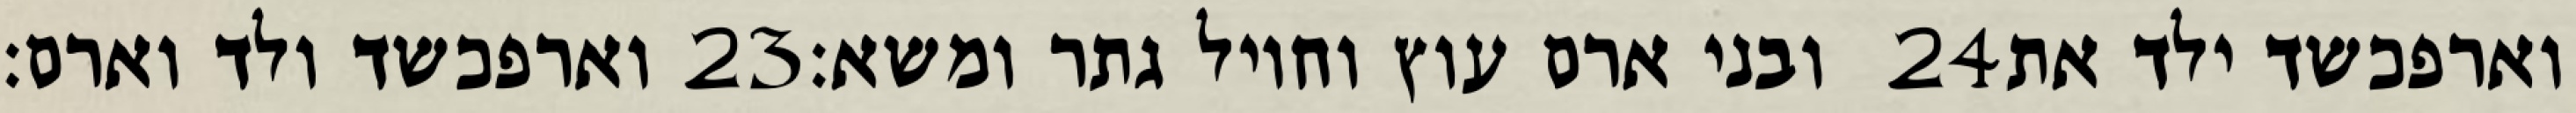
וארפכשד ולד וארם׃ ‎23‏ ובני ארם עוץ וחויל גתר ומשא׃ ‎24‏ וארפכשד ילד את